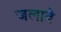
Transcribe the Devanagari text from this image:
जलावे